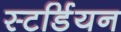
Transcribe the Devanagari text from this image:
स्टर्डियन